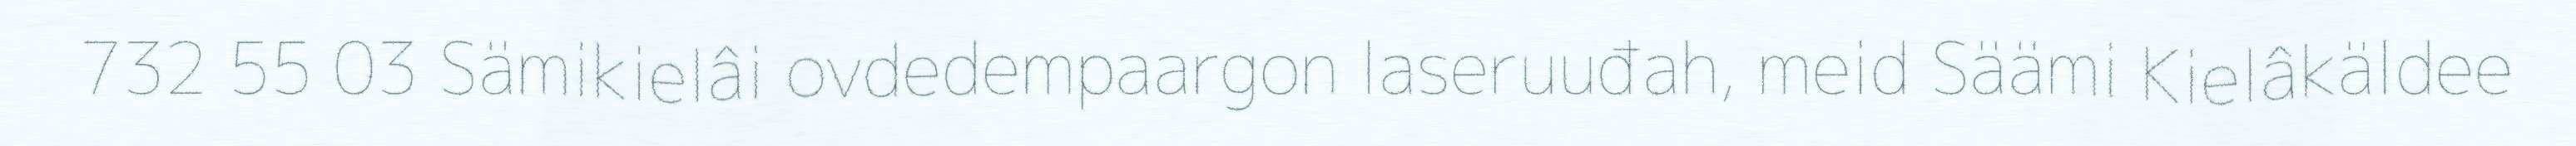
732 55 03 Sämikielâi ovdedempaargon laseruuđah, meid Säämi Kielâkäldee